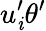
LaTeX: u_{\mathit{i}}^{\prime}\theta^{\prime}